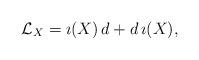
LaTeX: \begin{align*}{\cal L}_{X} = \imath(X) \, d + d \, \imath(X), \end{align*}